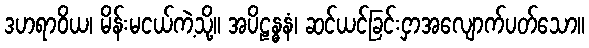
ဒဟရာဝိယ၊ မိန်းမငယ်ကဲ့သို့။ အပိဠန္ဓနံ၊ ဆင်ယင်ခြင်းငှာအလျောက်ပတ်သော။